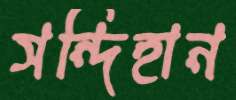
সন্দিহান